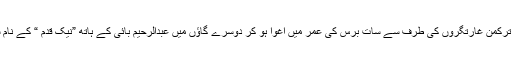
یہ وہی رحیم داد تھا جو ترکمن غارتگروں کی طرف سے سات برس کی عمر میں اغوا ہو کر دوسرے گاﺅں میں عبدالرحیم بائی کے ہاتھ ”نیک قدم “ کے نام سے فروخت ہو گیا تھا ۔